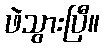
ဖဲသွားပြီ။